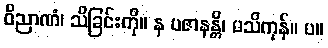
ဝိညာဏံ၊ သိခြင်းကို။ န ပဇာနန္တိ၊ မသိကုန်။ ပ။